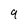
Character: 9